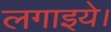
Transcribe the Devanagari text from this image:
लगाइये।